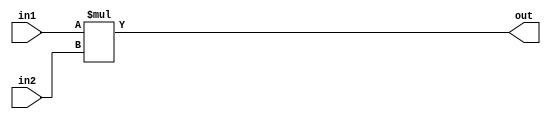
module mul #(parameter SIZE = 24)(in1, in2, out);
    input wire [SIZE-1:0] in1;
    input wire [SIZE-1:0] in2;
    output wire [(2*SIZE)-1:0] out;

    assign out = in1 * in2; //will change this later to a wallace tree multiplier
endmodule